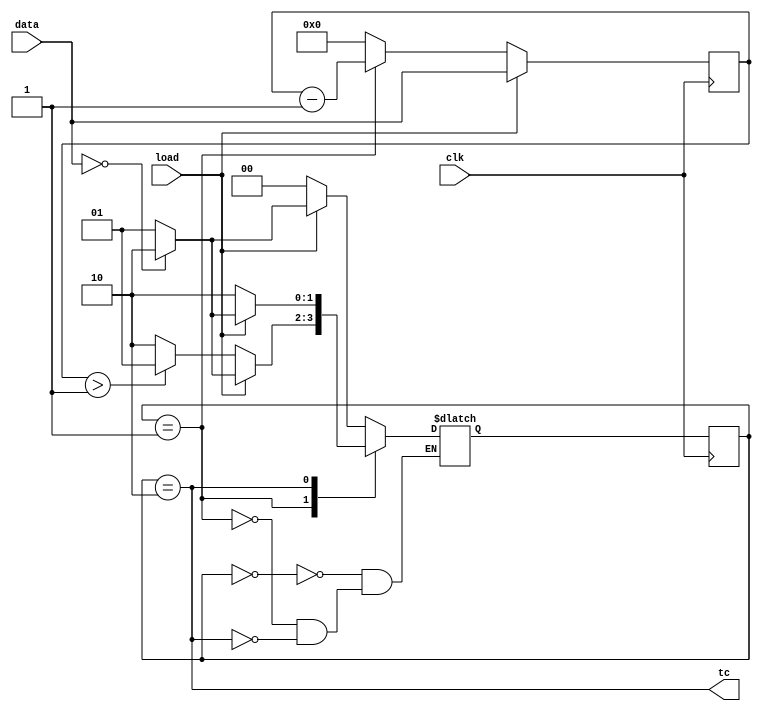
module top_module(
	input clk, 
	input load, 
	input [9:0] data, 
	output tc
);

    parameter LOAD=0, COUNT=1, TC=2;
    
    reg [1:0] state=LOAD, next_state;
    reg [9:0] cnt;
    
    always @(posedge clk) begin
       state <= next_state;
    end
    
    always @(*) begin
        case (state)
            LOAD: next_state = load ? (data==0 ? TC : COUNT) : LOAD;
            COUNT: next_state = load ? (data==0 ? TC : COUNT) : (cnt > 1 ? COUNT : TC);
            TC: next_state = load ? (data==0 ? TC : COUNT) : TC;
        endcase
    end
    
    always @(posedge clk) begin
        if (load) cnt <= data;
        else if (state == COUNT) cnt <= cnt - 1'b1;
        else cnt <= 1'b0;
    end
    
    assign tc = state == TC;
endmodule